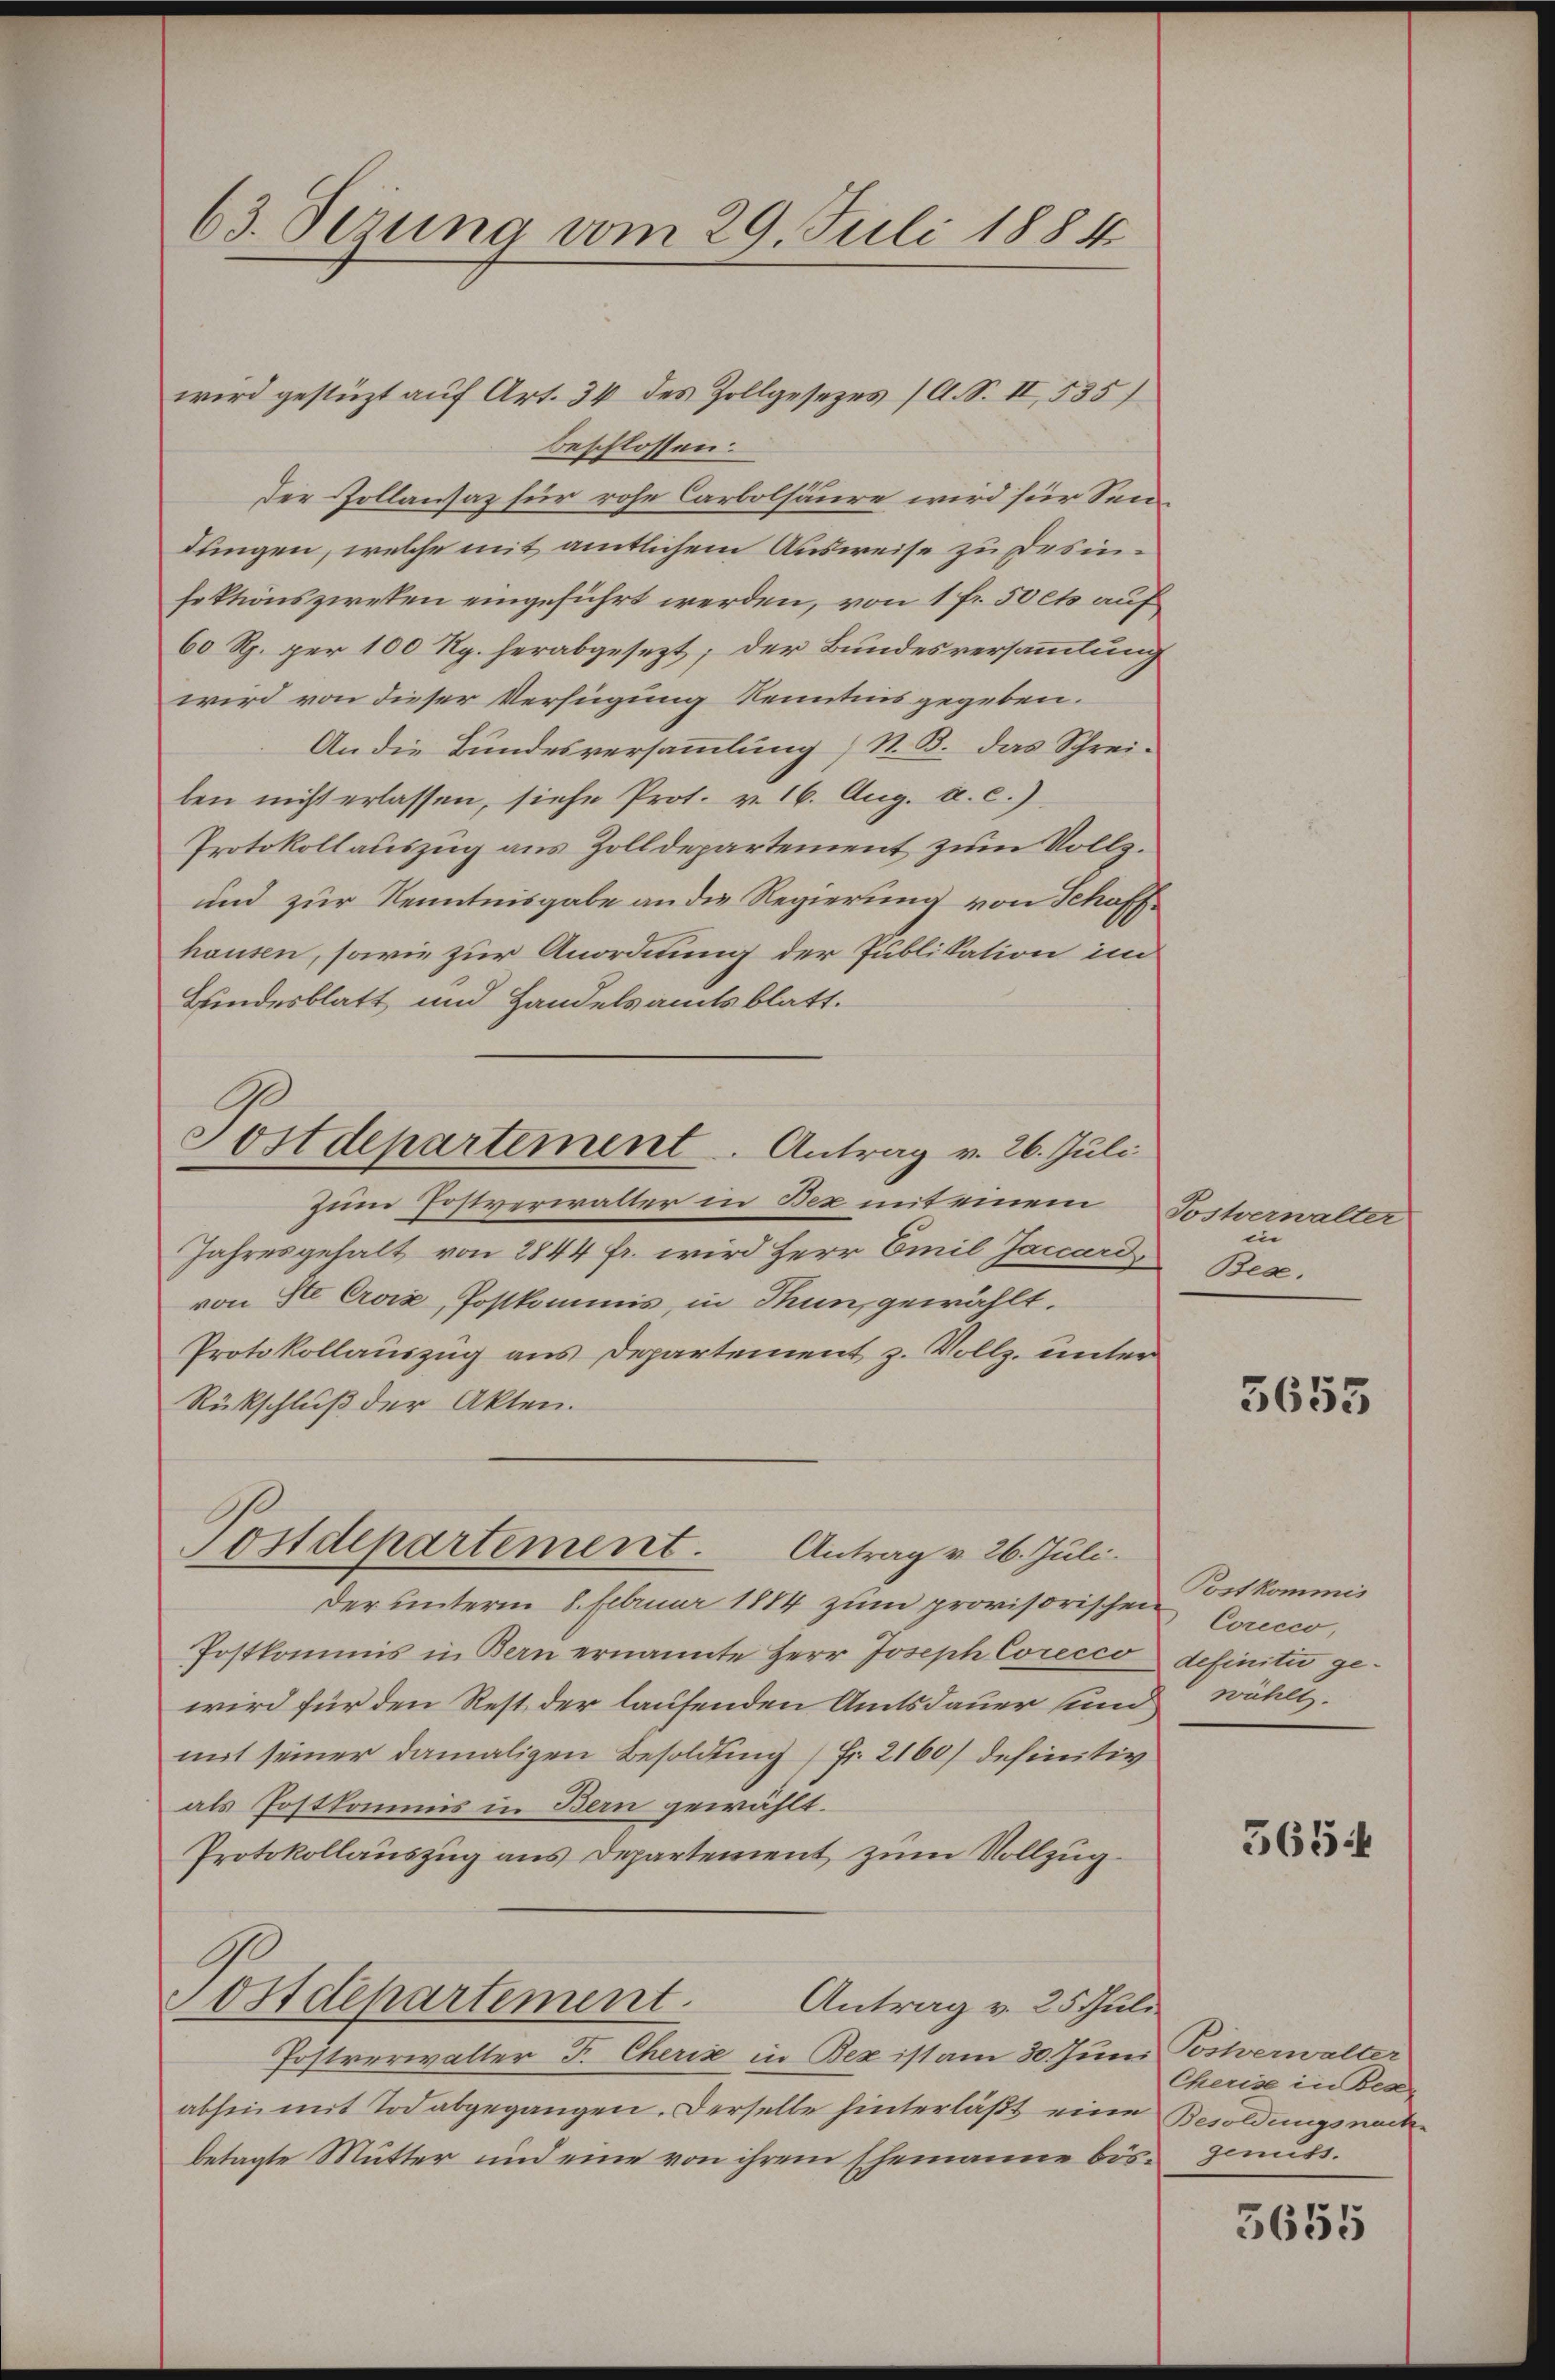
63. Sezung vom 29. Juli 1884

wird gestüzt auf Art. 34 des Zollgesezes (A. S. II, 535)
beschlossen:
Der Zollansaz für rohe Carbolsäure wird für Sendungen, welche mit amtlichem Ausweise zu Desinfektionszwecken eingeführt werden, von 1 fr. 50 cts auf
60 Rp. per 100 Rp. herabgesezt; der Bundesversammlung
wird von dieser Verfügung Kenntnis gegeben.
An die Bundesversammlung N. B. das Schrei-
len nicht erlassen, siehe Prot. v. 16. Aug. a. c.)
Protokollauszug aus Zolldepartement zum Vollz.
und zur Kenntnisgabe an die Regierung von Schaffhausen, sowie zur Anordnung der Publikation im
Bundesblatt und Handelsamtsblatt.
zum Postverwalter in Bex mit einem
Jahresgehalt von 2844 fr. wird Herr Emil Jaccard,
von St. Croix, Postkommis, in Thun, gewählt.
Protokollauszug aus Departement z. Vollz. unter
Rückschluß der Akten.
Postdepartement.
Antrag v. 26. Juli.
Der unterm 8. Februar 1884 zum provisorischen Corcco¬
Postkommis in Bern ernannte Herr Joseph Corecco definitiv gewird für den Rest der laufenden Amtsdauer und wählt.
mit seiner damaligen Besoldung Fr. 2160) definitiv
als Postkommis in Bern gewählt.
Protokollauszug aus Departement zum Vollzug
Postdepartement.
Antrag v. 25 Juli
Postverwalter F. Cheriz in Bez ist am 30. Juni, Posterwalter
abhin mit Tod abgegangen. Derselbe hinterläßt eine Besoldungsnachbetagte Mutter und eine von ihrem Ehemanne bös. Genuss.

Postdepartement. Antrag v. 26. Juli

Sostverwalter
in
Bea,

3655

Postkommis

5654

Cherise in Bear

5655